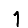
Digit: 1